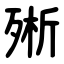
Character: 㱤